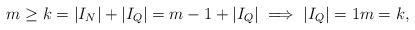
LaTeX: \begin{align*}m \ge k = |I_N| + |I_Q| = m-1 + |I_Q| \implies |I_Q| = 1 m = k, \end{align*}